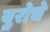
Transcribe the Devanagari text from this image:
युरोचे